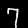
Label: 7